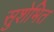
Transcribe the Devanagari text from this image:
सुशेभित